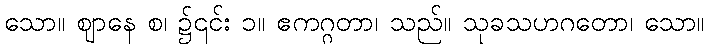
သော။ ဈာနေ စ၊ ၌၎င်း ၁။ ဧကဂ္ဂတာ၊ သည်။ သုခသဟဂတော၊ သော။